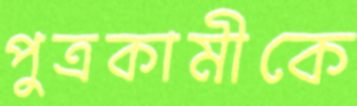
পুত্রকামীকে